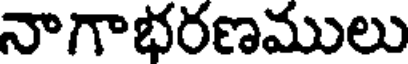
నాగాభరణములు